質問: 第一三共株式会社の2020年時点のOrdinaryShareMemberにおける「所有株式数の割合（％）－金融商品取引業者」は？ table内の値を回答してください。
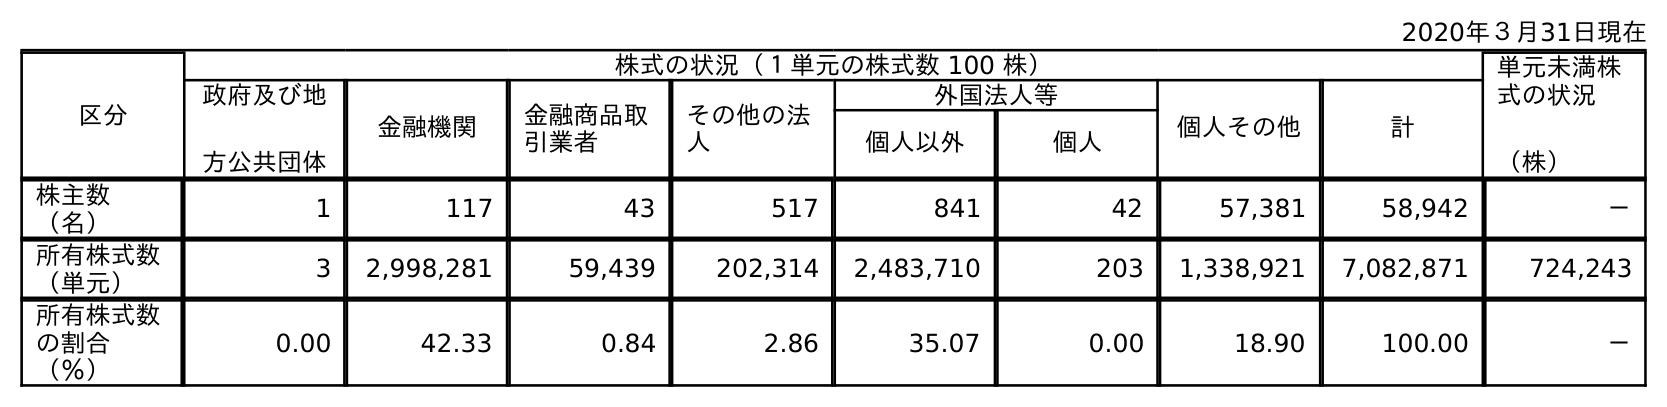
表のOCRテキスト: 2020年３月31日現在 区分 株式の状況（１単元の株式数 100 株） 単元未満株 式の状況 （株） 政府及び地 方公共団体 金融機関 金融商品取 引業者 その他の法 人 外国法人等 個人その他 計 個人以外 個人 株主数 （名） 1 117 43 517 841 42 57,381 58,942 － 所有株式数 （単元） 3 2,998,281 59,439 202,314 2,483,710 203 1,338,921 7,082,871 724,243 所有株式数 の割合 （％） 0.00 42.33 0.84 2.86 35.07 0.00 18.90 100.00 －
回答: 0.84